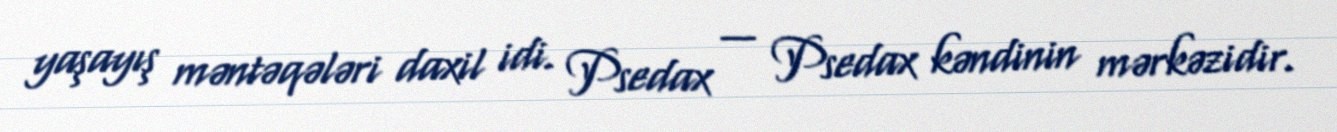
yaşayış məntəqələri daxil idi. Psedax — Psedax kəndinin mərkəzidir.